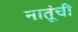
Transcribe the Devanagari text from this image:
नातूंची